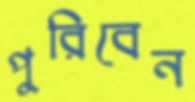
পুরিবেন